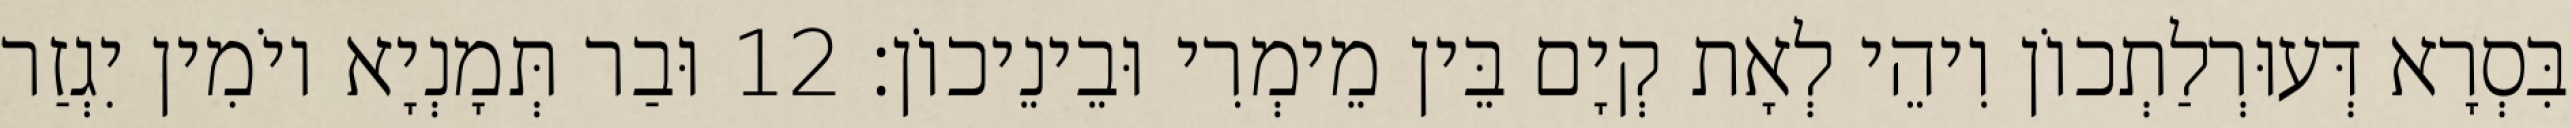
בִּסְרָא דְּעוּרְלַתְכוֹן וִיהֵי לְאָת קְיָם בֵּין מֵימְרִי וּבֵינֵיכוֹן׃ 12 וּבַר תְּמָנְיָא יוֹמִין יִגְזַר